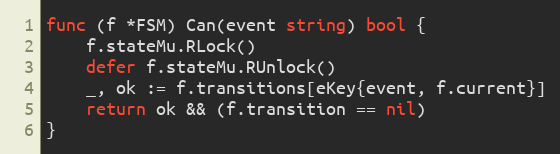
Language: Go
func (f *FSM) Can(event string) bool {
	f.stateMu.RLock()
	defer f.stateMu.RUnlock()
	_, ok := f.transitions[eKey{event, f.current}]
	return ok && (f.transition == nil)
}